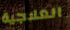
العلاجية